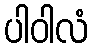
ပါဝါလံ